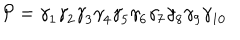
{ \cal P } = { \gamma } _ { 1 } { \gamma } _ { 2 } { \gamma } _ { 3 } { \gamma } _ { 4 } { \gamma } _ { 5 } { \gamma } _ { 6 } { \gamma } _ { 7 } { \gamma } _ { 8 } { \gamma } _ { 9 } { \gamma } _ { 1 0 }